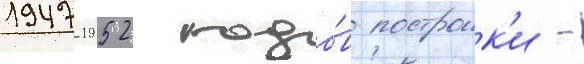
1947-1952 годо́в построик'и -